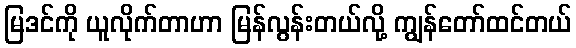
မြဒင်ကို ယူလိုက်တာဟာ မြန်လွန်းတယ်လို့ ကျွန်တော်ထင်တယ်